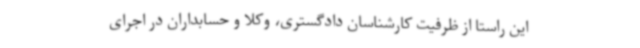
این راستا از ظرفیت کارشناسان دادگستری، وکلا و حسابداران در اجرای